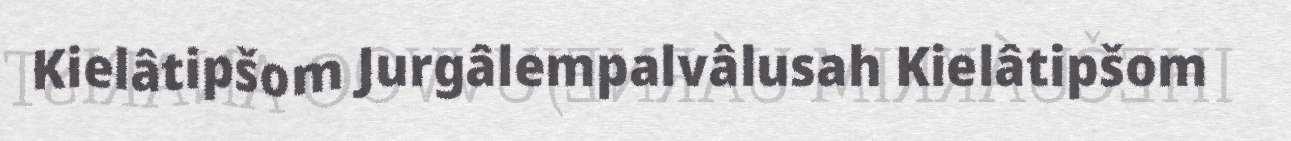
Kielâtipšom Jurgâlempalvâlusah Kielâtipšom